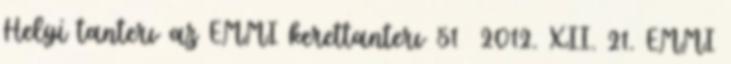
Helyi tanterv az EMMI kerettanterv 51 2012. XII. 21. EMMI